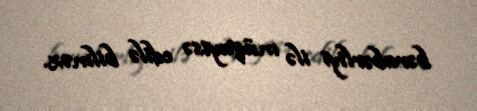
bərabərliyi ilə müqayisə edilə bilməz.